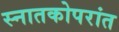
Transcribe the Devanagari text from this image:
स्नातकोपरांत